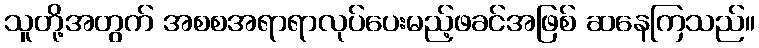
သူတို့အတွက် အစစအရာရာလုပ်ပေးမည့်ဖခင်အဖြစ် ဆနေကြသည်။